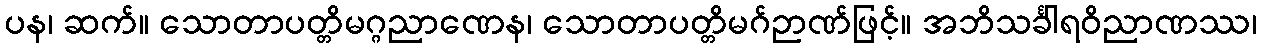
ပန၊ ဆက်။ သောတာပတ္တိမဂ္ဂညာဏေန၊ သောတာပတ္တိမဂ်ဉာဏ်ဖြင့်။ အဘိသင်္ခါရဝိညာဏဿ၊